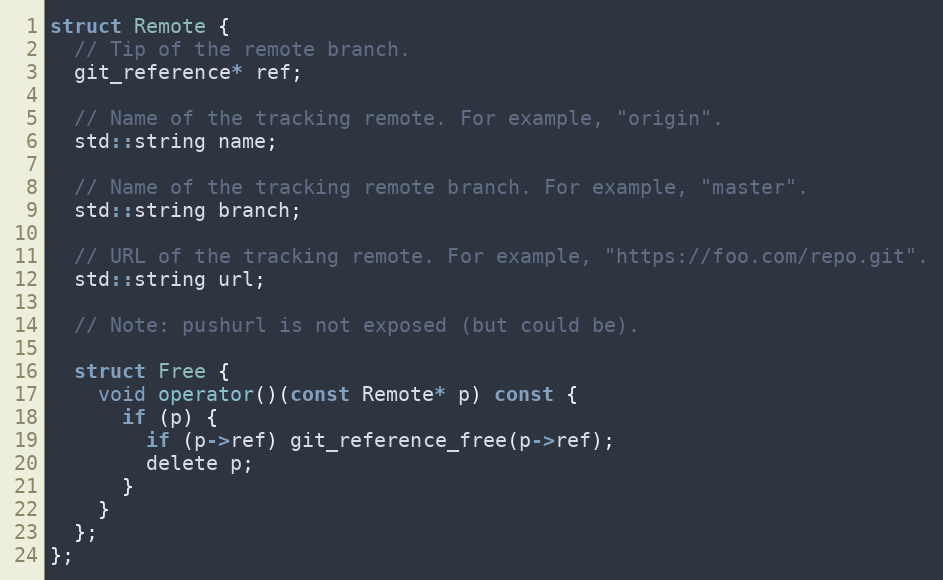
Language: C
struct Remote {
  // Tip of the remote branch.
  git_reference* ref;

  // Name of the tracking remote. For example, "origin".
  std::string name;

  // Name of the tracking remote branch. For example, "master".
  std::string branch;

  // URL of the tracking remote. For example, "https://foo.com/repo.git".
  std::string url;

  // Note: pushurl is not exposed (but could be).

  struct Free {
    void operator()(const Remote* p) const {
      if (p) {
        if (p->ref) git_reference_free(p->ref);
        delete p;
      }
    }
  };
};